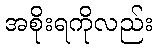
အစိုးရကိုလည်း